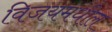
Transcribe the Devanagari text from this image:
विजयमधील